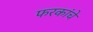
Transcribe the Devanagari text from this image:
फरकांचे